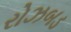
રોઝબડ